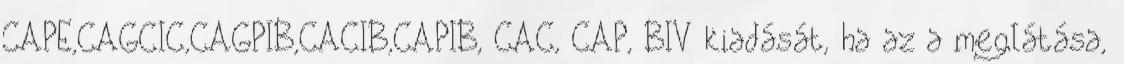
CAPE,CAGCIC,CAGPIB,CACIB,CAPIB, CAC, CAP, BIV kiadását, ha az a meglátása,